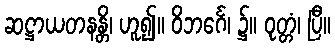
ဆဋ္ဌာယတနန္တိ၊ ဟူ၍။ ဝိဘင်္ဂေ၊ ၌။ ဝုတ္တံ၊ ပြီ။